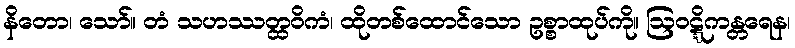
နိတော၊ သော်။ တံ သဟဿတ္ထဝိကံ၊ ထိုတစ်ထောင်သော ဥစ္စာထုပ်ကို။ ဩဝဋ္ဋိကန္တရေန၊